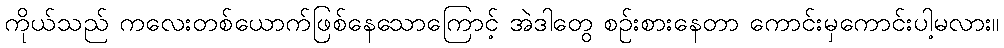
ကိုယ်သည် ကလေးတစ်ယောက်ဖြစ်နေသောကြောင့် အဲဒါတွေ စဉ်းစားနေတာ ကောင်းမှကောင်းပါ့မလား။